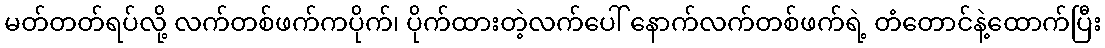
မတ်တတ်ရပ်လို့ လက်တစ်ဖက်ကပိုက်၊ ပိုက်ထားတဲ့လက်ပေါ် နောက်လက်တစ်ဖက်ရဲ့ တံတောင်နဲ့ထောက်ပြီး